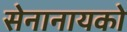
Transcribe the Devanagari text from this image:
सेनानायको